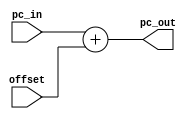
module Offset(
    input [7:0] pc_in,
    input [7:0] offset,
    output [7:0] pc_out
    );
    assign pc_out = pc_in + offset;
endmodule